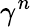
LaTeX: \gamma^{n}